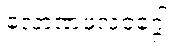
လောဏဖလဝဂ္ဂေါ